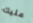
عليك